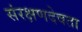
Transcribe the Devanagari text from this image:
संरक्षणदेवता